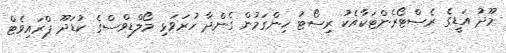
މޫދު އަޑީގެ ރެސްޓޯރެންޓަކާއެކު ރިސޯޓު ހިންގަމުން ގެންދާ ހުރަވަޅި މޯލްޑިވްސްގެ ކުޑަދޫ ޕްރައިވެޓް